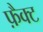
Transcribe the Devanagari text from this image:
फ़ैक्ट